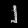
Digit: ၂